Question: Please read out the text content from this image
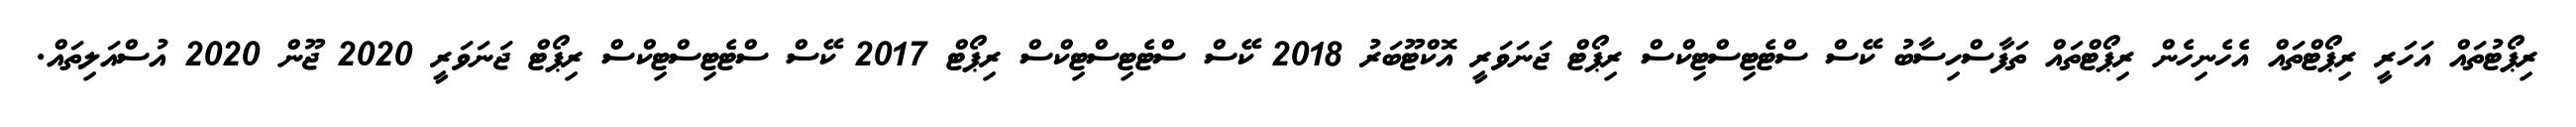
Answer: ރިޕޯޓުތައް އަހަރީ ރިޕޯޓްތައް އެހެނިހެން ރިޕޯޓްތައް ތަފާސްހިސާބު ކޭސް ސްޓެޓިސްޓިކްސް ރިޕޯޓް ޖަނަވަރީ އޮކްޓޫބަރު 2018 ކޭސް ސްޓެޓިސްޓިކްސް ރިޕޯޓް 2017 ކޭސް ސްޓެޓިސްޓިކްސް ރިޕޯޓް ޖަނަވަރީ 2020 ޖޫން 2020 އުސްއަލިތައް.